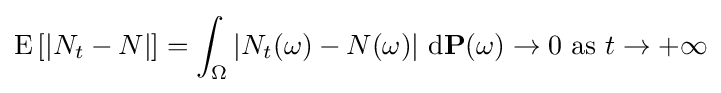
\operatorname {E} \left[\left|N_{t}-N\right|\right]=\int _{\Omega }\left|N_{t}(\omega )-N(\omega )\right|\,\mathrm {d} \mathbf {P} (\omega )\to 0{\text{ as }}t\to +\infty